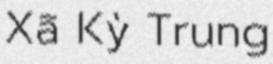
Xã Kỳ Trung